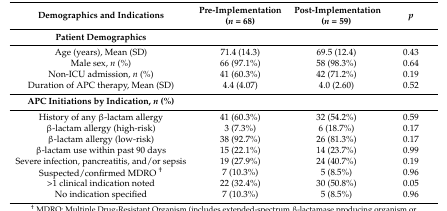
| Demographics and Indications | Pre-Implementation (n = 68) | Post-Implementation (n = 59) | p |
 | --- | --- | --- | --- |
 | Patient Demographics |  |  |  |
 | Age (years), Mean (SD) | 71.4 (14.3) | 69.5 (12.4) | 0.43 |
 | Male sex, n (%) | 66 (97.1%) | 58 (98.3%) | 0.64 |
 | Non-ICU admission, n (%) | 41 (60.3%) | 42 (71.2%) | 0.19 |
 | Duration of APC therapy, Mean (SD) | 4.4 (4.07) | 4.0 (2.60) | 0.52 |
 | APC Initiations by Indication, n (%) |  |  |  |
 | History of any β-lactam allergy | 41 (60.3%) | 32 (54.2%) | 0.59 |
 | β-lactam allergy (high-risk) | 3 (7.3%) | 6 (18.7%) | 0.17 |
 | β-lactam allergy (low-risk) | 38 (92.7%) | 26 (81.3%) | 0.17 |
 | β-lactam use within past 90 days | 15 (22.1%) | 14 (23.7%) | 0.99 |
 | Severe infection, pancreatitis, and/or sepsis | 19 (27.9%) | 24 (40.7%) | 0.19 |
 | Suspected/confirmed MDRO † | 7 (10.3%) | 5 (8.5%) | 0.96 |
 | >1 clinical indication noted | 22 (32.4%) | 30 (50.8%) | 0.05 |
 | No indication specified | 7 (10.3%) | 5 (8.5%) | 0.96 |